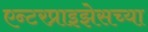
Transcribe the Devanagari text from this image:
एन्टरप्राइझेसच्या